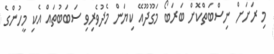
މި ރަށަށް ނިސްބަތްކޮށް ބަރަބޯ މަގޫދޫއޭ ކިޔަން މެދުވެރިވި ސަބަބުތައް އެކި މީހުންގެ